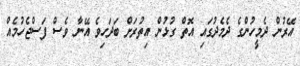
އޭރުން ދެމީހުންގެ ދެމެދުގައި އޮތް ގުޅުން އިތުރަށް ބަދަހިވެ އޭނާ ވެސް ފަސްޖެހުމެއް